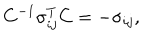
LaTeX: C ^ { - 1 } \sigma _ { i j } ^ { T } C = - \sigma _ { i j } ,